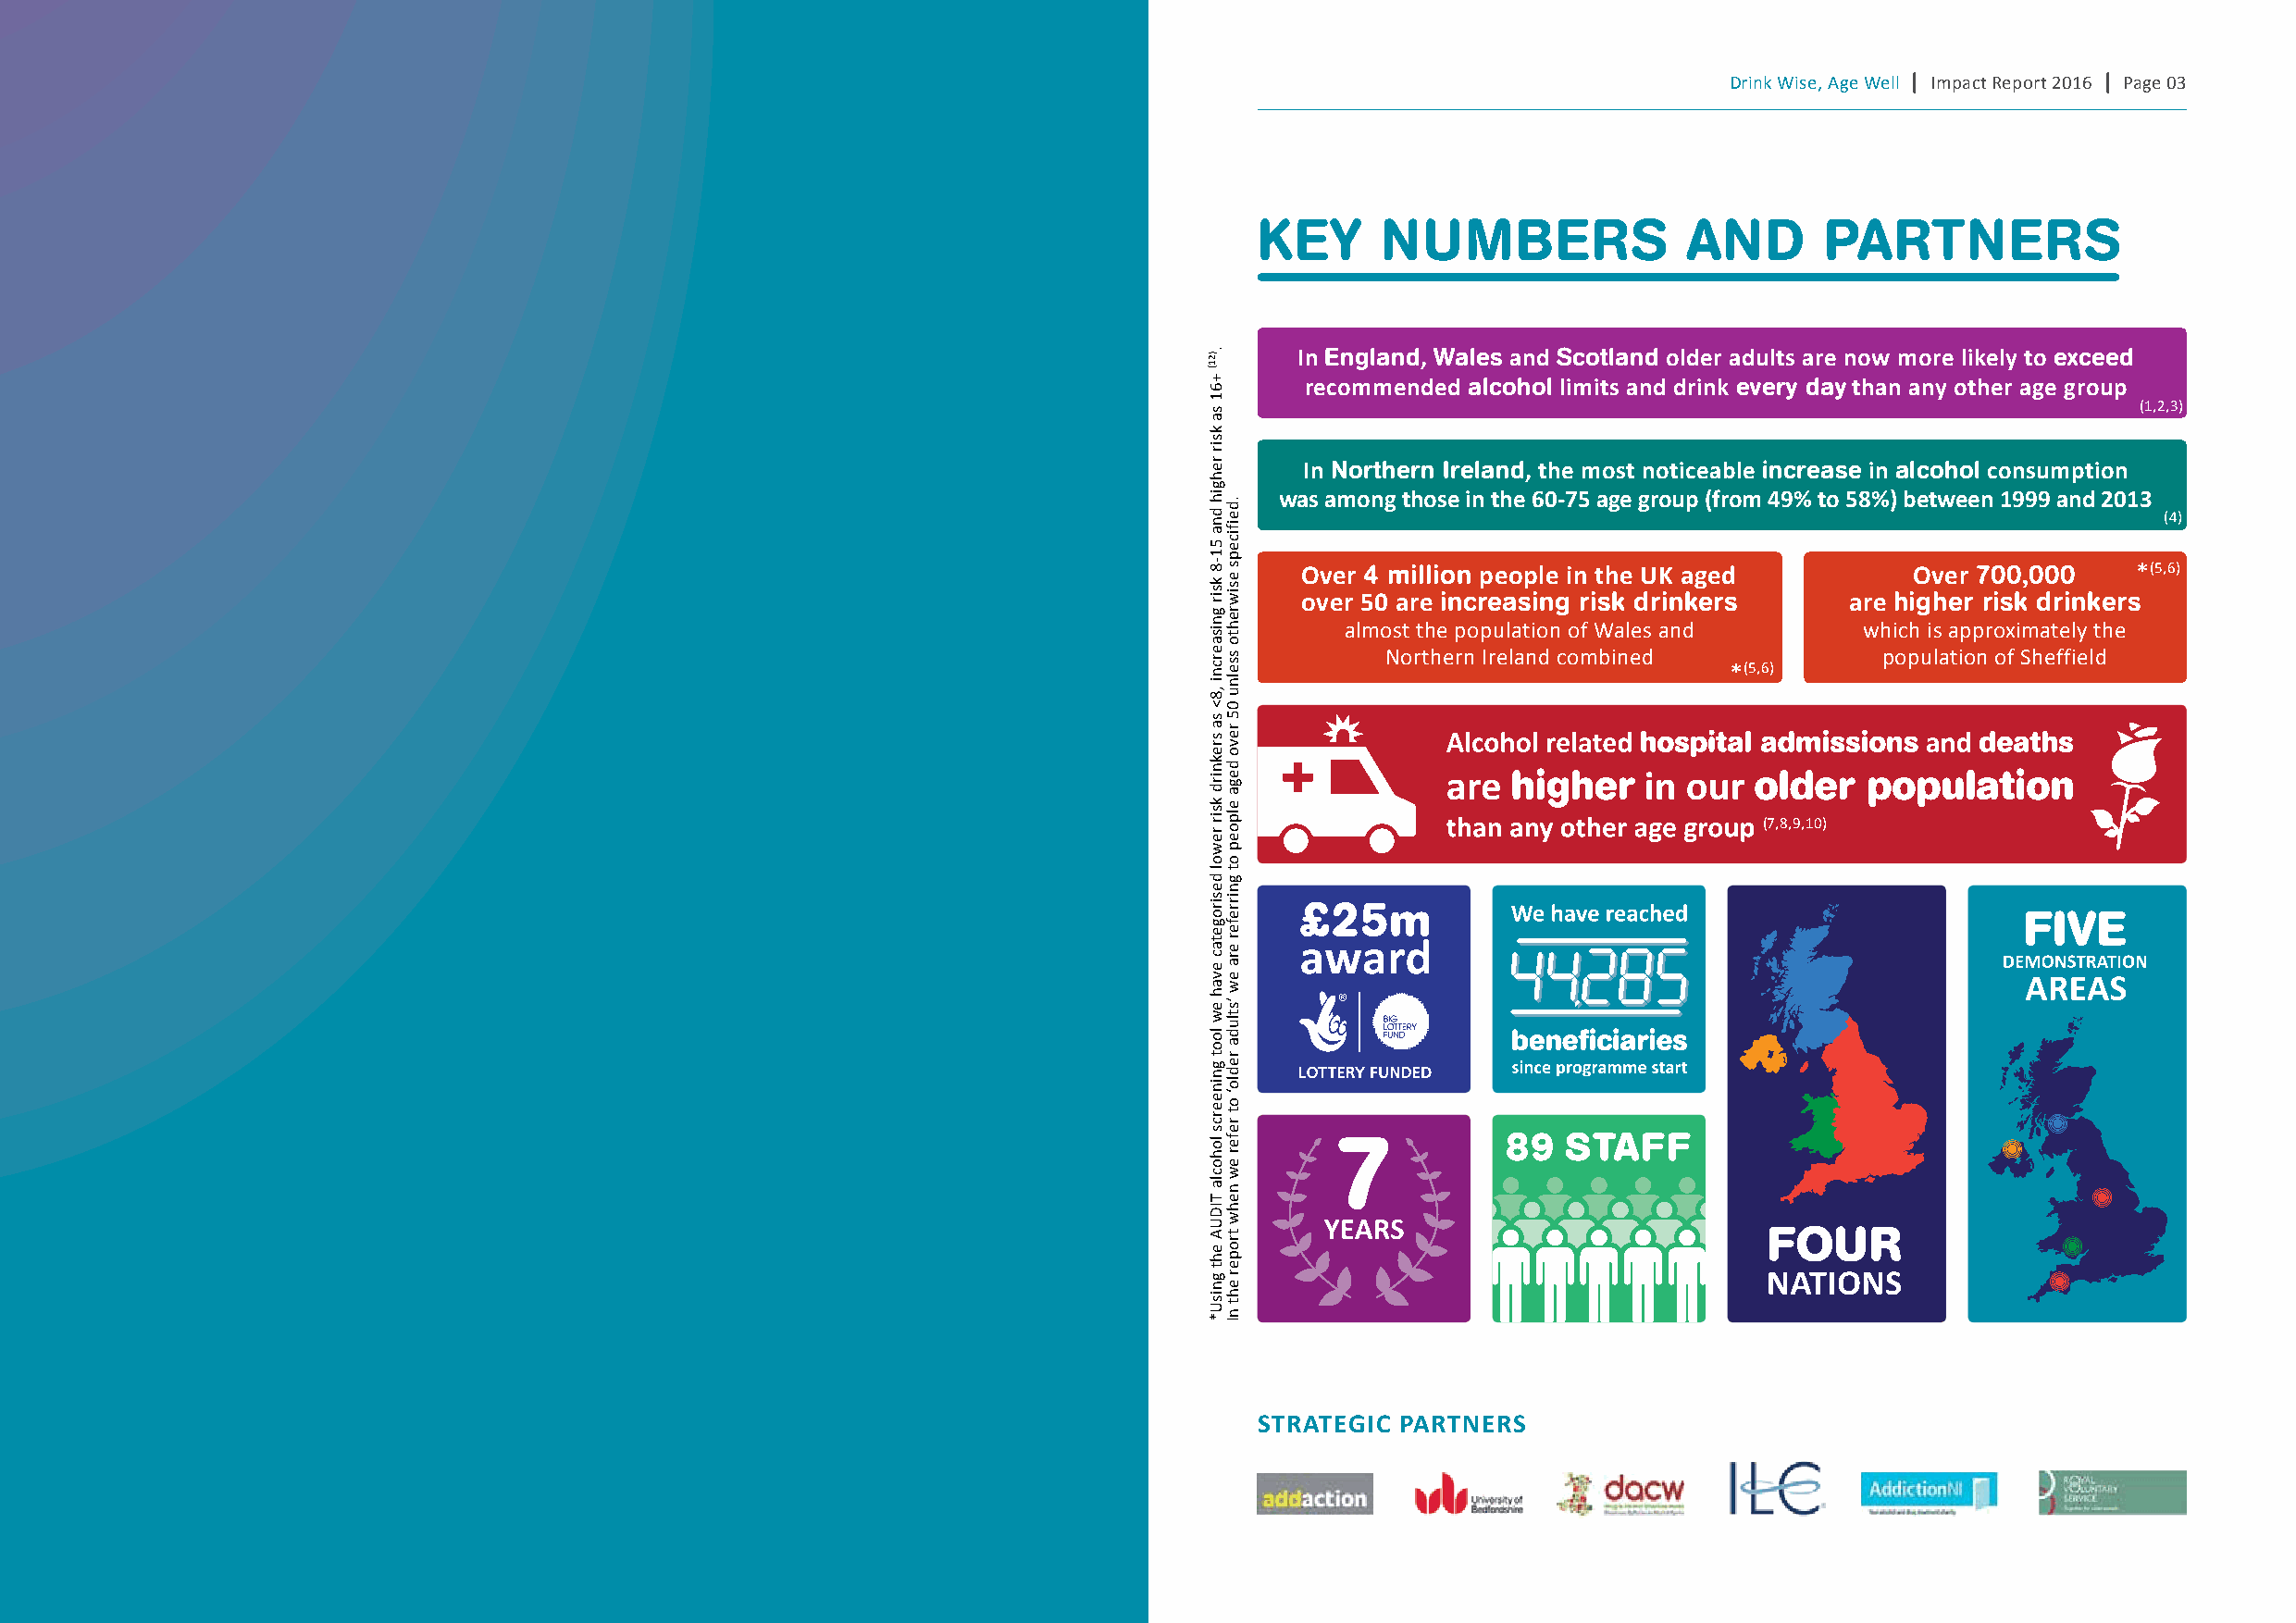
Drink Wise, Age Well | Impact Report 2016 | Page 03
 Key      nuMbeRs              A  nD     PARTneRs
 In england, Wales and scotland older adults are now more likely to exceed
 recommended alcohol limits and drink every day than any other age group
 (1,2,3)
 In northern Ireland, the most noticeable increase in alcohol consumption
 was among those in the 60-75 age group (from 49% to 58%) between 1999 and 2013
 (4)
 Over 4 million people in the UK aged        Over 700,000    *(5,6)
 over 50 are increasing risk drinkers   are higher risk drinkers
 almost the population of Wales and   which is approximately the
 Northern Ireland combined           population of Sheffield
 *(5,6)
 (7,8,9,10)
 89  STAFF
 strategic partners
 .)21(
 +61
 sa
 ksir
 rehgih
 dna
 51-8
 ksir
 gnisaercni
 ,8<
 sa
 sreknird
 ksir
 rewol
 desirogetac
 evah
 ew
 loot
 gnineercs
 lohocla
 TIDUA
 eht
 gnisU*
 .deificeps
 esiwrehto
 sselnu
 05
 revo
 dega
 elpoep
 ot
 gnirrefer
 era
 ew
 ’stluda
 redlo‘
 ot
 refer
 ew
 nehw
 troper
 eht
 nI